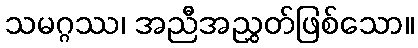
သမဂ္ဂဿ၊ အညီအညွှတ်ဖြစ်သော။